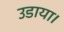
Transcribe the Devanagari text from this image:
उडाया।